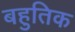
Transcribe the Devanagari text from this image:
बहुतिक